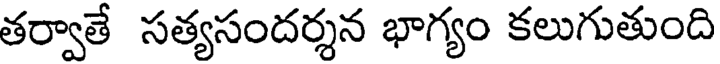
తర్వాతే సత్యసందర్శన భాగ్యం కలుగుతుంది